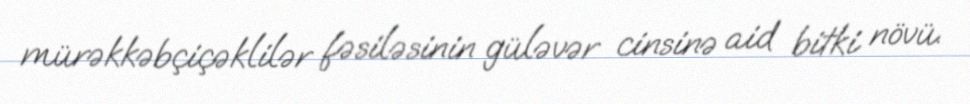
mürəkkəbçiçəklilər fəsiləsinin güləvər cinsinə aid bitki növü.